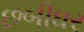
છબીઘર